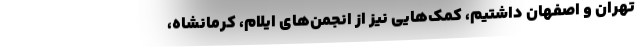
تهران و اصفهان داشتیم، کمک‌هایی نیز از انجمن‌های ایلام، کرمانشاه،